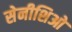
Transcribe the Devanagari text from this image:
सेनीशिओ